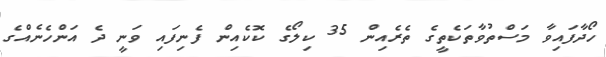
ހޯދާފައިވާ މަސްތުވާތަކެތީގެ ތެރެއިން 35 ކިލޯގެ ކޮކެއިން ފެނިފައި ވަނީ ދެ އަންހެނެއްގެ